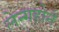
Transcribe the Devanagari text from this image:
लेन्गहोर्न